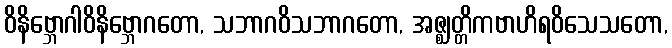
ဝိနိဗ္ဘောဂါဝိနိဗ္ဘောဂတော, သဘာဂဝိသဘာဂတော, အဇ္ဈတ္တိကဗာဟိရဝိသေသတော,